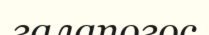
галапогос